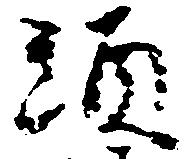
頭